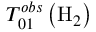
T _ { 0 1 } ^ { o b s } \left( \mathrm { H } _ { 2 } \right)